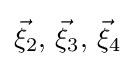
{\vec {\xi }}_{2},\,{\vec {\xi }}_{3},\,{\vec {\xi }}_{4}